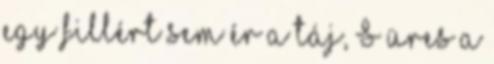
egy fillért sem ér a táj, S üres a